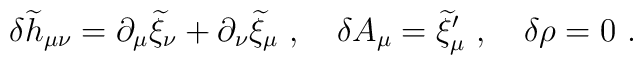
\delta {\widetilde h}_{\mu\nu}=\partial_\mu{\widetilde \xi}_\nu + \partial_\nu {\widetilde \xi}_\mu~,~~~ \delta A_\mu={\widetilde\xi}_\mu^\prime~,~~~\delta\rho=0~.